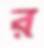
র